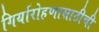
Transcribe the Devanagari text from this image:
गिर्यारोहणासाठीची